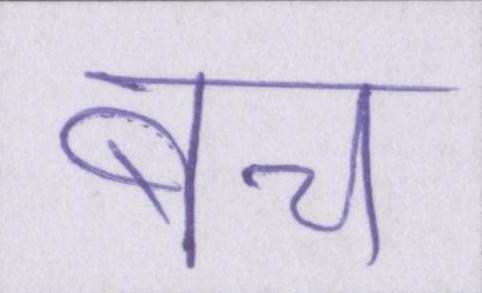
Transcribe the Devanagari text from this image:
बच